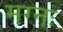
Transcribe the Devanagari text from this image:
मग्नः